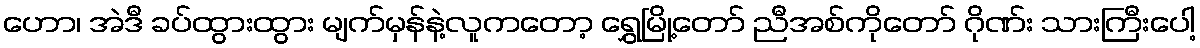
ဟော၊ အဲဒီ ခပ်ထွားထွား မျက်မှန်နဲ့လူကတော့ ရွှေမြို့တော် ညီအစ်ကိုတော် ဂိုဏ်း သားကြီးပေါ့